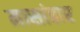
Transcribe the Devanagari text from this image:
मासांहार